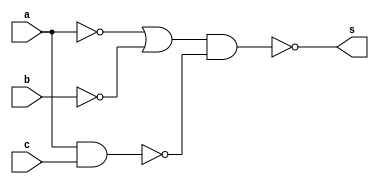
// -------------------------
// Recuperao 01
// Nome: Marcos Antonio Lommez Candido Ribeiro
// 31/10/2022
// -------------------------

module A0113 ( output s, input a, input b, input c);
    assign s = ~((~a|~b) & ~(a&c));
endmodule

module questao03;
    reg a, b, c; // Variaveis
    reg contador;
    wire s1;     // Respostas

    A0113 A01131 ( s1, a, b, c );

    initial
        begin: initial_values
            a = 1'b0; b = 1'b0; c = 1'b0; contador = 0;
        end

    initial
        begin: main
            $display ( "\n" );
            $display ( "||==============================================||" );
            $display ( "||        Marcos Antonio Lommez - 771157        ||" );
            $display ( "||==============================================||" );
            $display ( "||       m  0 | 1 | 2 | 3 | 4 | 5 | 6 | 7       ||" );
            $display ( "||          0 | 0 | 0 | 0 | 0 | 1 | 1 | 1       ||" );
            $display ( "||==============================================||" );
            $display ( "||    m    || variaveis || expressao ||  saida  ||" );
            $display ( "||---------||-----------||-----------||---------||" );
            #1 a = 0; b = 0; c = 0; contador = 0;
            #0 $display ( "||    %1d    ||   %b %b %b   || %sa%s.b%s.c%s ||    %b    ||", $time, a, b, c, (s1?">":" "), (a?" ":"'"), (b?" ":"'"), (c?" ":"'"), s1);
            #1 a = 0; b = 0; c = 1; contador = 1;
            #0 $display ( "||    %1d    ||   %b %b %b   || %sa%s.b%s.c%s ||    %b    ||", $time, a, b, c, (s1?">":" "), (a?" ":"'"), (b?" ":"'"), (c?" ":"'"), s1);
            #1 a = 0; b = 1; c = 0; contador = 2;
            #0 $display ( "||    %1d    ||   %b %b %b   || %sa%s.b%s.c%s ||    %b    ||", $time, a, b, c, (s1?">":" "), (a?" ":"'"), (b?" ":"'"), (c?" ":"'"), s1);
            #1 a = 0; b = 1; c = 1; contador = 3;
            #0 $display ( "||    %1d    ||   %b %b %b   || %sa%s.b%s.c%s ||    %b    ||", $time, a, b, c, (s1?">":" "), (a?" ":"'"), (b?" ":"'"), (c?" ":"'"), s1);
            #1 a = 1; b = 0; c = 0; contador = 4;
            #0 $display ( "||    %1d    ||   %b %b %b   || %sa%s.b%s.c%s ||    %b    ||", $time, a, b, c, (s1?">":" "), (a?" ":"'"), (b?" ":"'"), (c?" ":"'"), s1);
            #1 a = 1; b = 0; c = 1; contador = 5;
            #0 $display ( "||    %1d    ||   %b %b %b   || %sa%s.b%s.c%s ||    %b    ||", $time, a, b, c, (s1?">":" "), (a?" ":"'"), (b?" ":"'"), (c?" ":"'"), s1);
            #1 a = 1; b = 1; c = 0; contador = 6;
            #0 $display ( "||    %1d    ||   %b %b %b   || %sa%s.b%s.c%s ||    %b    ||", $time, a, b, c, (s1?">":" "), (a?" ":"'"), (b?" ":"'"), (c?" ":"'"), s1);
            #1 a = 1; b = 1; c = 1; contador = 7;
            #0 $display ( "||    %1d    ||   %b %b %b   || %sa%s.b%s.c%s ||    %b    ||", $time, a, b, c, (s1?">":" "), (a?" ":"'"), (b?" ":"'"), (c?" ":"'"), s1);
            #0 $display ( "||==============================================||" );
            #0 $display ( "||  SoP = (a .b'.c ) + (a .b .c') + (a .b .c )  ||" );
            #0 $display ( "||==============================================||" );
            #1 $display ( "\n" );
        end
endmodule

/* 
||==============================================||
||        Marcos Antonio Lommez - 771157        ||
||==============================================||
||       m  0 | 1 | 2 | 3 | 4 | 5 | 6 | 7       ||
||          0 | 0 | 0 | 0 | 0 | 1 | 1 | 1       ||
||==============================================||
||    m    || variaveis || expressao ||  saida  ||
||---------||-----------||-----------||---------||
||    1    ||   0 0 0   ||  a'.b'.c' ||    0    ||
||    2    ||   0 0 1   ||  a'.b'.c  ||    0    ||
||    3    ||   0 1 0   ||  a'.b .c' ||    0    ||
||    4    ||   0 1 1   ||  a'.b .c  ||    0    ||
||    5    ||   1 0 0   ||  a .b'.c' ||    0    ||
||    6    ||   1 0 1   || >a .b'.c  ||    1    ||
||    7    ||   1 1 0   || >a .b .c' ||    1    ||
||    8    ||   1 1 1   || >a .b .c  ||    1    ||
||==============================================||
||  SoP = (a .b'.c ) + (a .b .c') + (a .b .c )  ||
||==============================================||
 */